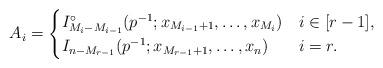
LaTeX: \begin{align*}A_i = \begin{cases} I_{M_i - M_{i-1}}^{\circ} (p^{-1}; x_{M_{i-1} + 1}, \dots, x_{M_i}) &i\in[r-1],\\ I_{n - M_{r-1}}(p^{-1}; x_{M_{r-1} + 1}, \dots, x_n)& i=r. \end{cases} \end{align*}